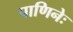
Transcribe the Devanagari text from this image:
पाणिनेः